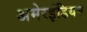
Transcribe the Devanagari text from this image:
अमेरइंडियन